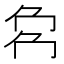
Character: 𠜌